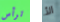
ترأس الأ